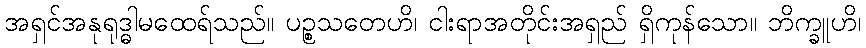
အရှင်အနုရုဒ္ဓါမထေရ်သည်။ ပဉ္စသတေဟိ၊ ငါးရာအတိုင်းအရှည် ရှိကုန်သော။ ဘိက္ခူဟိ၊